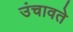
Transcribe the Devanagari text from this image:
उंचावते